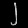
Digit: ၂